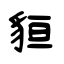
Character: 貆